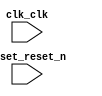

module de0cv (
	clk_clk,
	reset_reset_n);	

	input		clk_clk;
	input		reset_reset_n;
endmodule